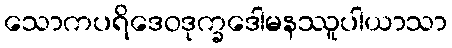
သောကပရိဒေဝဒုက္ခဒေါမနဿူပါယာသာ